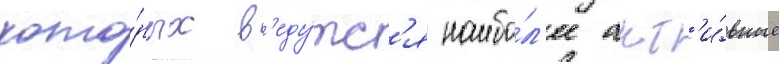
кото́рых в'еду́тс'я наибо́л'ее акт'и́вные